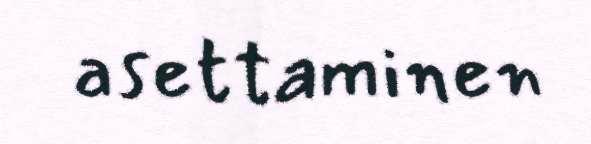
asettaminen